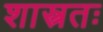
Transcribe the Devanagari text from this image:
शास्त्रतः